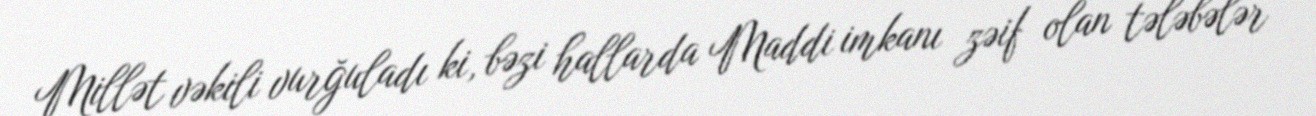
Millət vəkili vurğuladı ki, bəzi hallarda Maddi imkanı zəif olan tələbələr